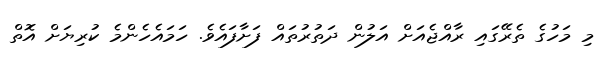
މި މަހުގެ ތެރޭގައި ރާއްޖެއަށް އަލުން ދަތުރުތައް ފަށާފައެވެ. ހަމައެހެންމެ ކުރިޔަށް އޮތް